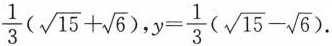
$$\frac{1}{3}(\sqrt{15}+\sqrt{6})$$,$$y= \frac{1}{3}(\sqrt{15}- \sqrt{6})$$.